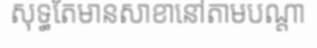
សុទ្ធតែមានសាខានៅតាមបណ្តា